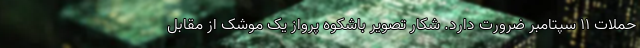
حملات ۱۱ سپتامبر ضرورت دارد. شکار تصویر باشکوه پرواز یک موشک از مقابل